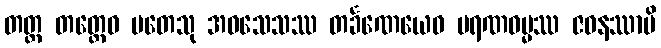
တတ္ထ တတ္ထေဝ မတေသု အဝသေသဿ တင်္ခဏေယေဝ မရဏဓမ္မဿ ဇဝနဿာပိ